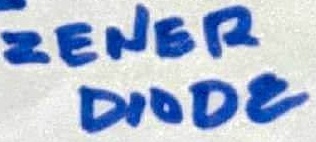
Text: ZENER DIODE